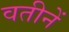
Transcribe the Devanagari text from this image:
वतीनें